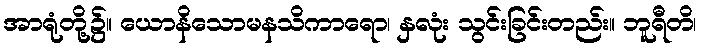
အာရုံတို့၌။ ယောနိသောမနသိကာရော၊ နှလုံး သွင်းခြင်းတည်း။ ဘူရီတိ၊